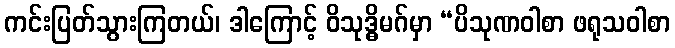
ကင်းပြတ်သွားကြတယ်၊ ဒါကြောင့် ဝိသုဒ္ဓိမဂ်မှာ “ပိသုဏဝါစာ ဖရုသဝါစာ